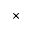
\times